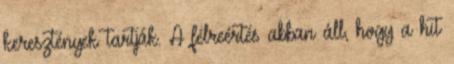
keresztények tartják. A félreértés abban áll, hogy a hit